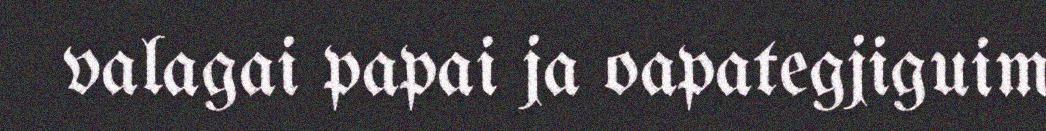
valagai papai ja oapategjiguim